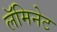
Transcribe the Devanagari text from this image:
लॅमिनेट